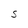
Character: S